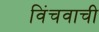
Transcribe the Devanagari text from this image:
विंचवाची